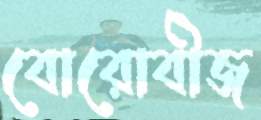
বোরোবীজ